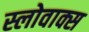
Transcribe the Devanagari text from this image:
स्लोवाक्स